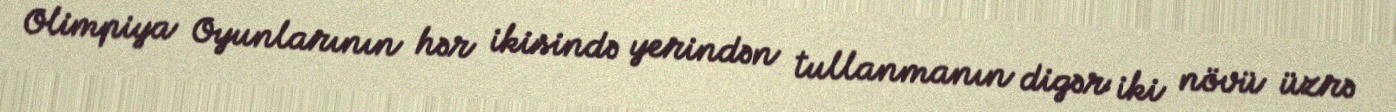
Olimpiya Oyunlarının hər ikisində yerindən tullanmanın digər iki növü üzrə